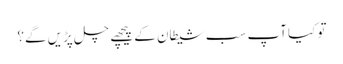
تو کیا آپ سب شیطان کے پیچھے چل پڑیں گے؟